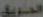
الحريق